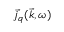
\vec { j } _ { q } ( \vec { k } , \omega )